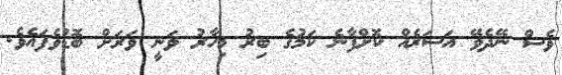
ވެސް ނޭދެވޭ އަސަރެއް ކޮށްފާނެ ކަމުގެ ބިރު މިހާރު ވަނީ ވަރަށް ބޮޑުވެފައެވެ.